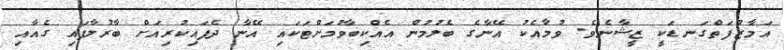
އަމާޒުފަތްގަނޑަކީ ޒީޝާނެވެ. ވުމާއެކު އޭނާގެ ބެލުމުން އެއްކިބާވުމަށްޓަކައި އޭނާ ދެފައިކުރިއަށް ބާރުލާފައި ގެއާއި